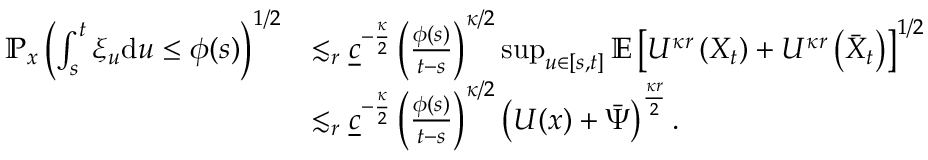
\begin{array} { r l } { \mathbb { P } _ { x } \left( \int _ { s } ^ { t } \xi _ { u } \mathrm { d } u \le \phi ( s ) \right) ^ { 1 / 2 } } & { \lesssim _ { r } \underline { { c } } ^ { - \frac { \kappa } { 2 } } \left( \frac { \phi ( s ) } { t - s } \right) ^ { \kappa / 2 } \operatorname* { s u p } _ { u \in [ s , t ] } \mathbb { E } \left[ U ^ { \kappa r } \left( X _ { t } \right) + U ^ { \kappa r } \left( \bar { X } _ { t } \right) \right] ^ { 1 / 2 } } \\ & { \lesssim _ { r } \underline { { c } } ^ { - \frac { \kappa } { 2 } } \left( \frac { \phi ( s ) } { t - s } \right) ^ { \kappa / 2 } \left( U ( x ) + \bar { \Psi } \right) ^ { \frac { \kappa r } { 2 } } . } \end{array}